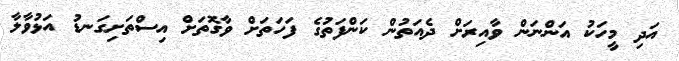
އަދި މީހަކު އަންނަން ވާއިރަށް ދެއަތުން ކަންފަތުގެ ފަހަތަށް ވާގޮތަށް އިސްތަށިގަނޑު އަޅުވާލާ